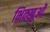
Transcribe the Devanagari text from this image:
भिक्खुओं